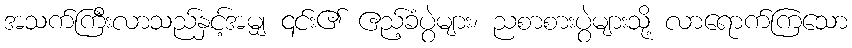
အသက်ကြီးလာသည်နှင့်အမျှ ၎င်း၏ ဧည့်ခံပွဲများ၊ ညစာစားပွဲများသို့ လာရောက်ကြသော